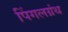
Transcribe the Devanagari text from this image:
पिंगलग्रंथ